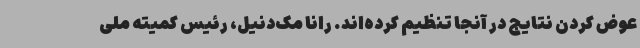
عوض کردن نتایج در آنجا تنظیم کرده‌اند. رانا مک‌دنیل، رئیس کمیته ملی